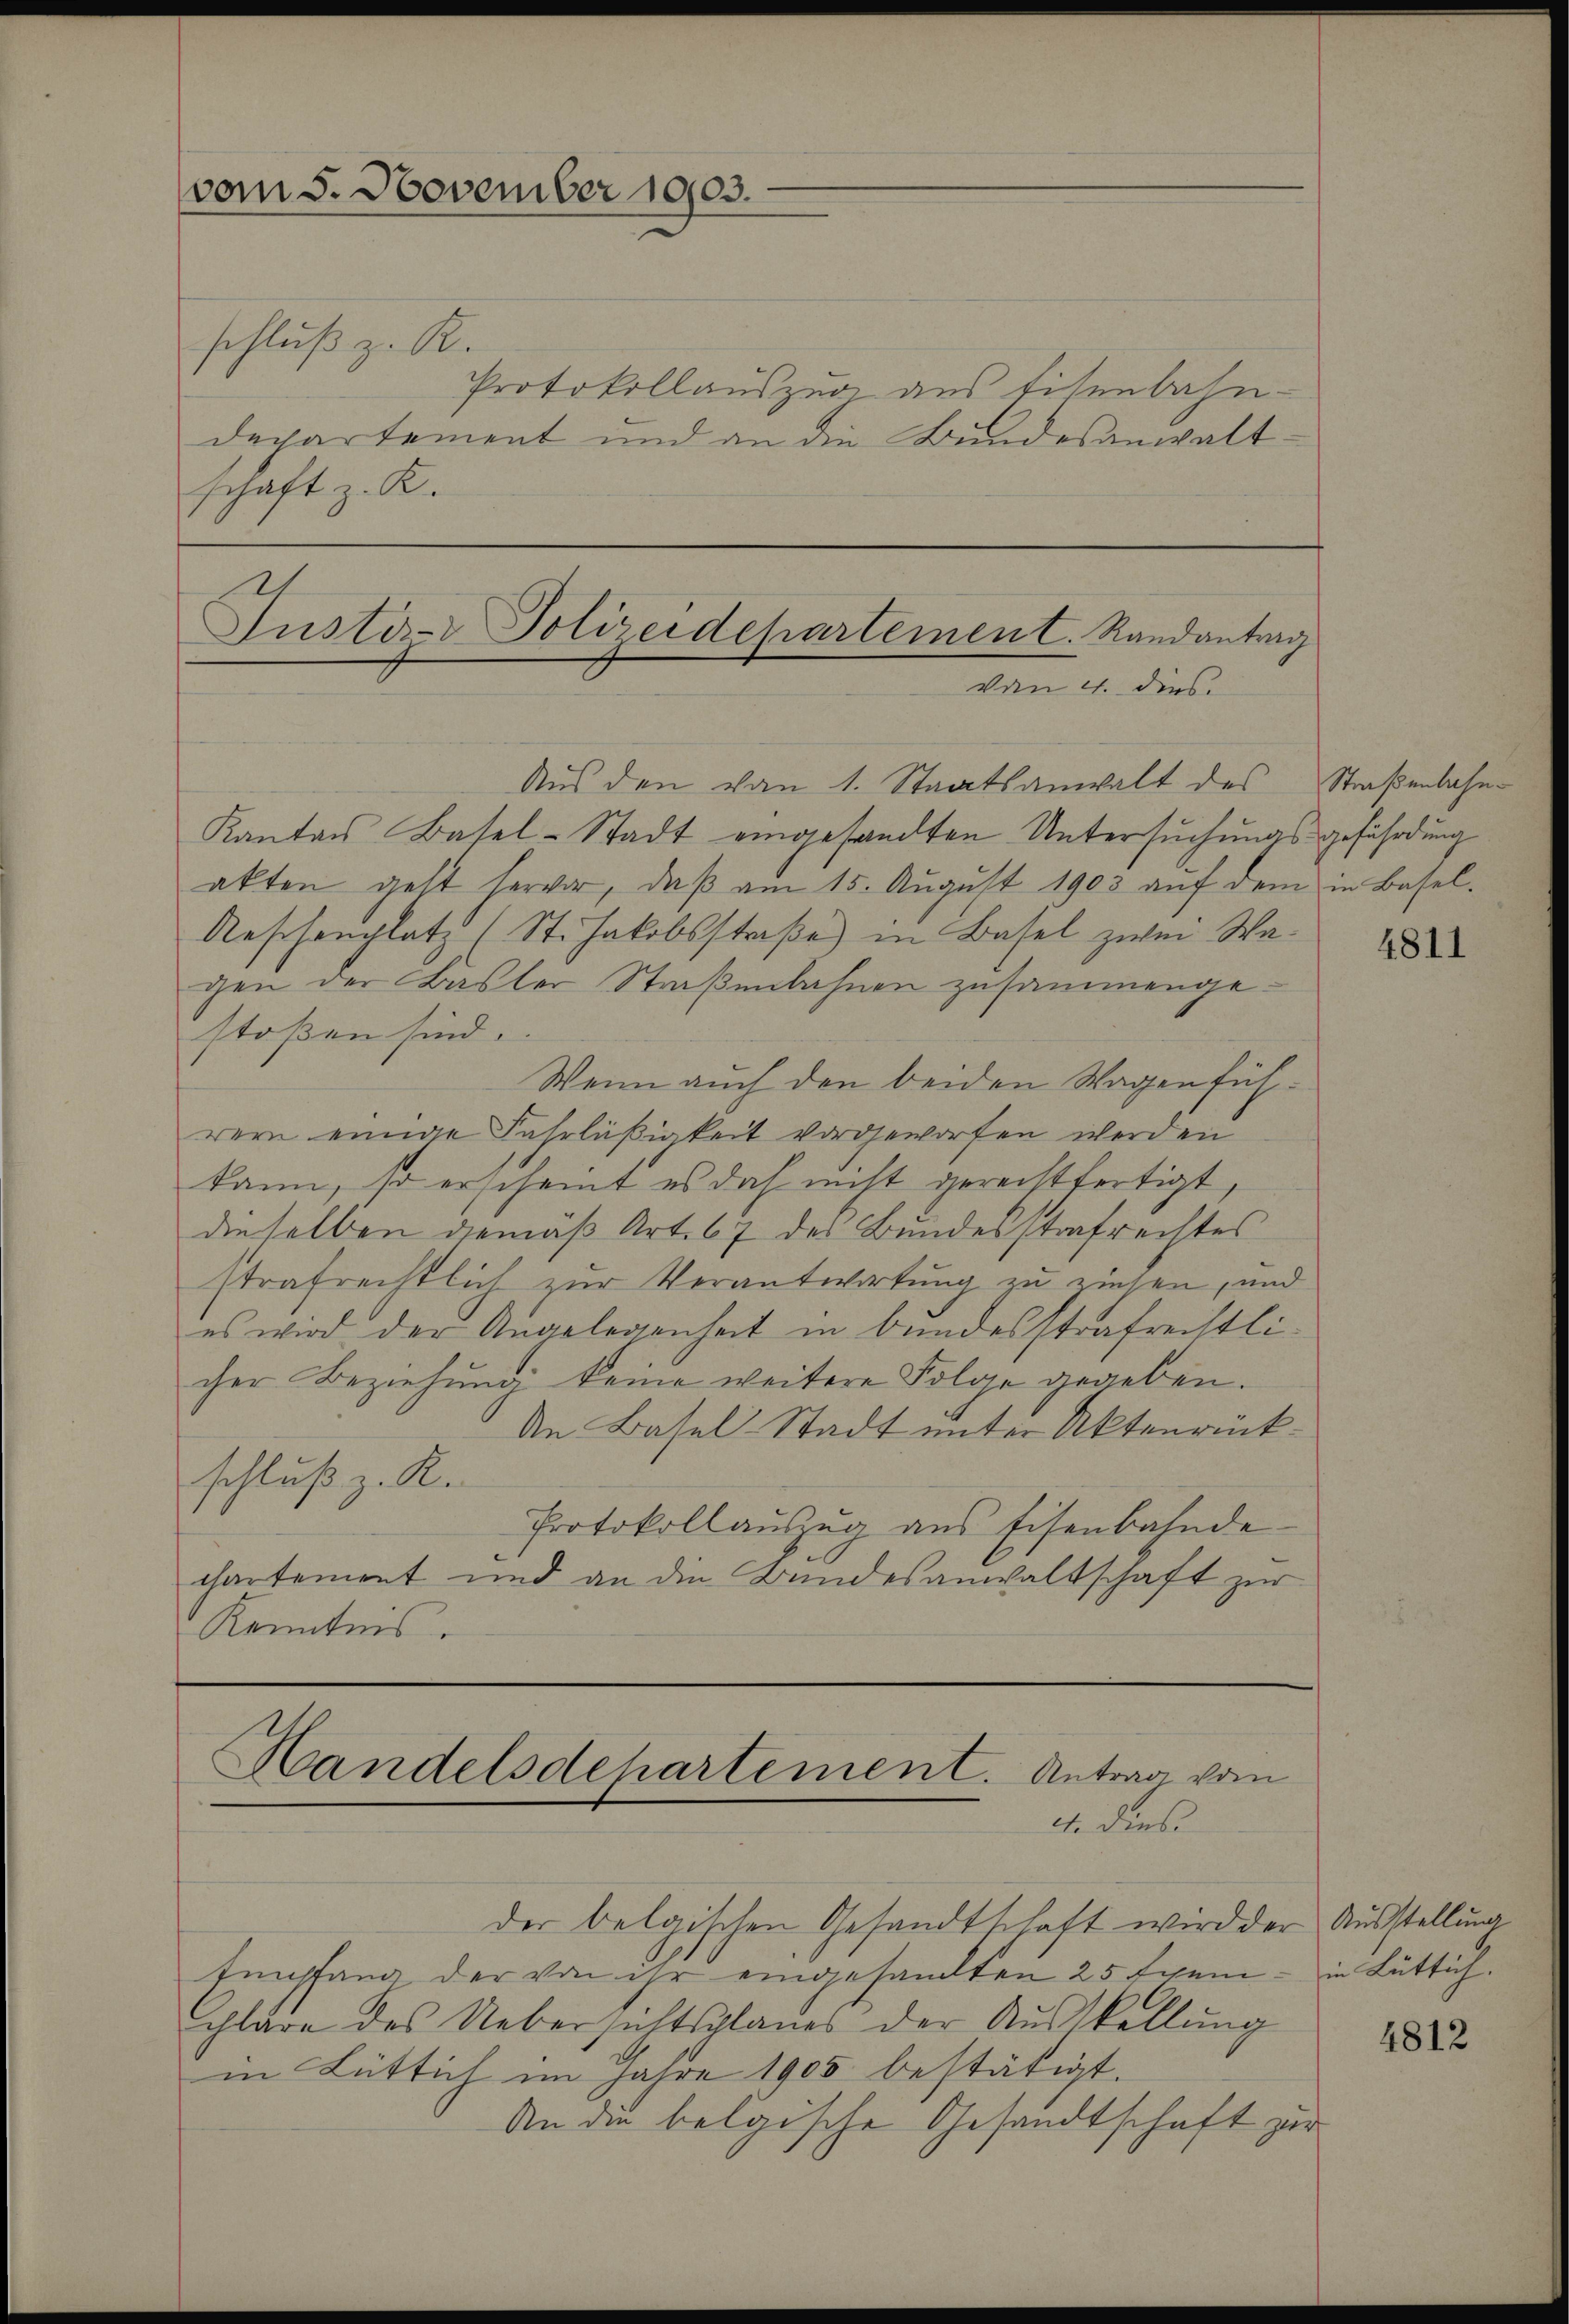
schluß z. R.
Protokollauszug aus Eisenbahn-
departement und an die Bundesanwaltschaft z. R.

vom 5. November 19103.

Justi- Polizeidepartement. Randantrag
von 4. dies

Handelsdepartement. Antrag vom
e. dies

Aus den vom 1. Staatsanwalt des
Kanton Basel-Stadt eingesandten Untersuchungsgefährdung
akten geht hervor, daß am 15. August 1903 auf dem in Basel¬
Aeschenplatz (St. Jakobsstraße) in Basel zwei Wagen der Basler Straßenbahnen zusammengestoßen sind.
Wenn auch den beiden Wagen führern einige Fahrläßigkeit vorgeworfen werden
kann, so erscheint es doch nicht gerechtfertigt
dieselben diemäß Art. 67 des Bundesstrafrechtes
strafrechtlich zur Verantwortung zu ziehen, und
es wird der Angelegenheit in bundesstrafrechtlicher Beziehung keine weitere Folge gegeben.
An Basel-Stadt unter Aktenrückschluß z. R.
Protokollaŭszŭg ans Eisenbahnde
chartement und an die Bundesanwaltschaft zur
Kenntnis.

der belgischen Gesandtschaft wird der Ausstellung
Empfang der von ihr eingesandten 25 Exemchläre des Uebersichtsplanes der Aŭsstellŭng
in Lüttich im Jahre 1905 bestätigt.
An die belgische Gesandtschaft zur

Straßenbahn¬

4811

in Lüttich.

4812